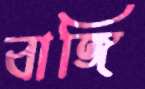
বাঙ্গি